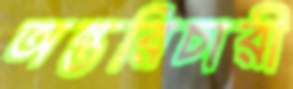
অন্তরিচারী